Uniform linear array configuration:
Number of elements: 24
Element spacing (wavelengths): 0.5
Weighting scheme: hann
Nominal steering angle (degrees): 15
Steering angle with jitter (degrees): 16.451
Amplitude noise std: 0.05
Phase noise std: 0.05

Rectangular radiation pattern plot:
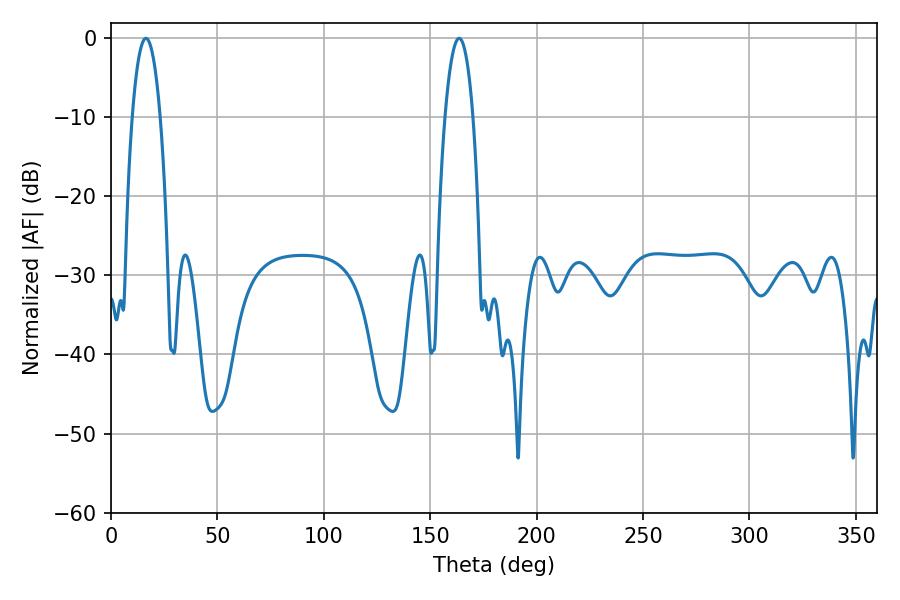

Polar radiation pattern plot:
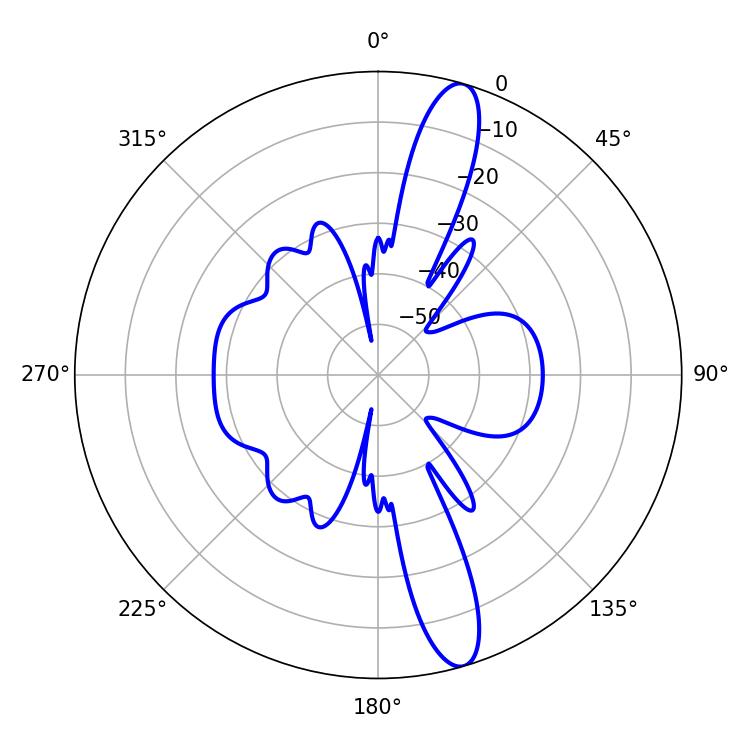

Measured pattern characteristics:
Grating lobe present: FALSE
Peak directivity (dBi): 14.178
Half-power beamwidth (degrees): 7.38
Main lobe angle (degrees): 16.38